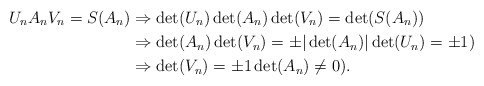
\begin{align*} U_n A_n V_n = S(A_n) &\Rightarrow \det(U_n) \det(A_n) \det(V_n) = \det(S(A_n)) \\ &\Rightarrow \det(A_n) \det(V_n) = \pm|\det(A_n)| \det(U_n) = \pm 1)\\ &\Rightarrow \det(V_n) = \pm 1 \det(A_n) \neq 0). \end{align*}